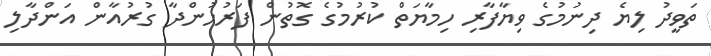
ތަވީދު ލިޔެ ދިނުމުގެ ވިޔާފާރި ހިމާޔަތް ކުރުމުގެ ގޮތުން ފަރުހުންދާ ގުރުއާން އަންދާލި